Civil Veterinary Department. Central Provinces & Berar 1925-31 - 1925-1931
Year: 1925
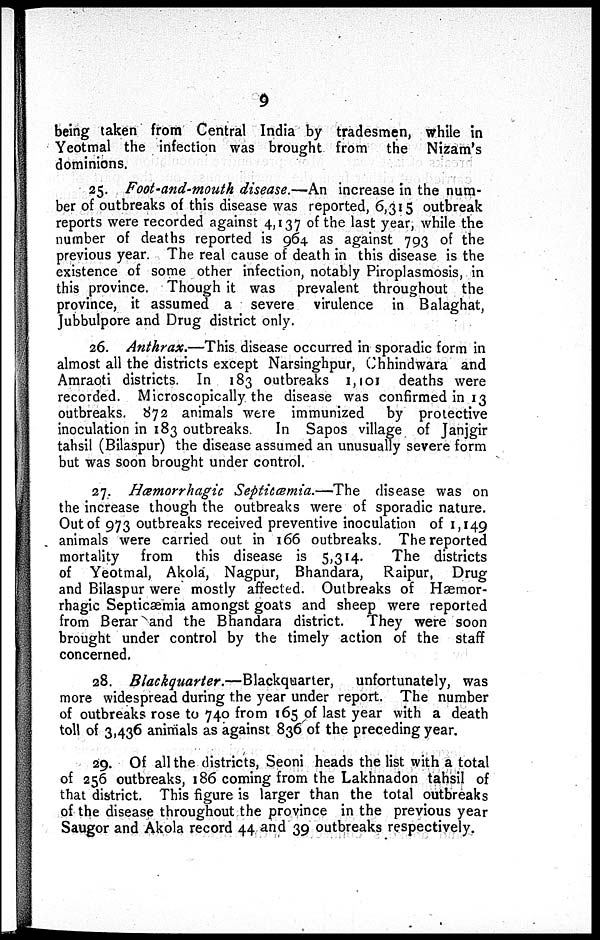
9
being taken from Central India by tradesmen, while in
Yeotmal the infection was brought from the Nizam's
dominions.
25. Foot-and-mouth disease.—An increase in the num-
ber of outbreaks of this disease was reported, 6,315 outbreak
reports were recorded against 4,137 of the last year, while the
number of deaths reported is 964 as against 793 of the
previous year. The real cause of death in this disease is the
existence of some other infection, notably Piroplasmosis, in
this province. Though it was prevalent throughout the
province, it assumed a severe virulence in Balaghat,
Jubbulpore and Drug district only.
26. Anthrax.—This disease occurred in sporadic form in
almost all the districts except Narsinghpur, Chhindwara and
Amraoti districts. In 183 outbreaks 1,101 deaths were
recorded. Microscopically the disease was confirmed in 13
outbreaks. 872 animals were immunized by protective
inoculation in 183 outbreaks. In Sapos village of Janjgir
tahsil (Bilaspur) the disease assumed an unusually severe form
but was soon brought under control.
27. Hæmorrhagic Septicæmia.—The disease was on
the increase though the outbreaks were of sporadic nature.
Out of 973 outbreaks received preventive inoculation of 1,149
animals were carried out in 166 outbreaks. The reported
mortality from
this disease is 5,314.
The districts
of Yeotmal, Akola, Nagpur, Bhandara, Raipur, Drug
and Bilaspur were mostly affected. Outbreaks of Hæmor-
rhagic Septicæmia amongst goats and sheep were reported
from Berar and the Bhandara district. They were soon
brought under control by the timely action of the staff
concerned.
28. Blackquarter.—Blackquarter,
unfortunately, was
more widespread during the year under report. The number
of outbreaks rose to 740 from 165 of last year with a death
toll of 3,436 animals as against 836 of the preceding year.
29. Of all the districts, Seoni heads the list with a total
of 256 outbreaks, 186 coming from the Lakhnadon tahsil of
that district. This figure is larger than the total outbreaks
of the disease throughout the province in the previous year
Saugor and Akola record 44 and 39 outbreaks respectively.